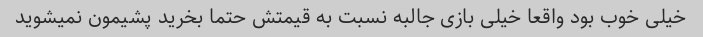
خیلی خوب بود واقعا خیلی بازی جالبه نسبت به قیمتش حتما بخرید پشیمون نمیشوید